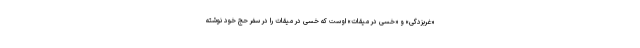
«غربزدگی» و «خسی در میقات» اوست که خسی در میقات را در سفر حج خود نوشته